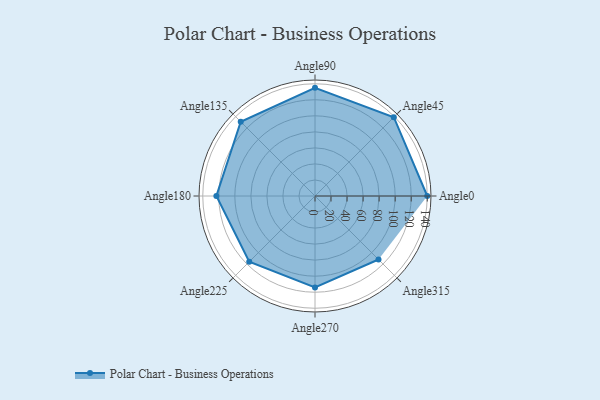
{"axis": {"x": "Angle", "y": "Radius"}, "legend": [""], "data": [{"x": "Angle0", "y": 140.0, "type": ""}, {"x": "Angle45", "y": 139.0, "type": ""}, {"x": "Angle90", "y": 135.0, "type": ""}, {"x": "Angle135", "y": 131.0, "type": ""}, {"x": "Angle180", "y": 123.0, "type": ""}, {"x": "Angle225", "y": 116.0, "type": ""}, {"x": "Angle270", "y": 114.0, "type": ""}, {"x": "Angle315", "y": 112.0, "type": ""}]}